Report of an investigation into the causes of malaria in Bombay and the measures necessary for its control
Disease focus: Malaria
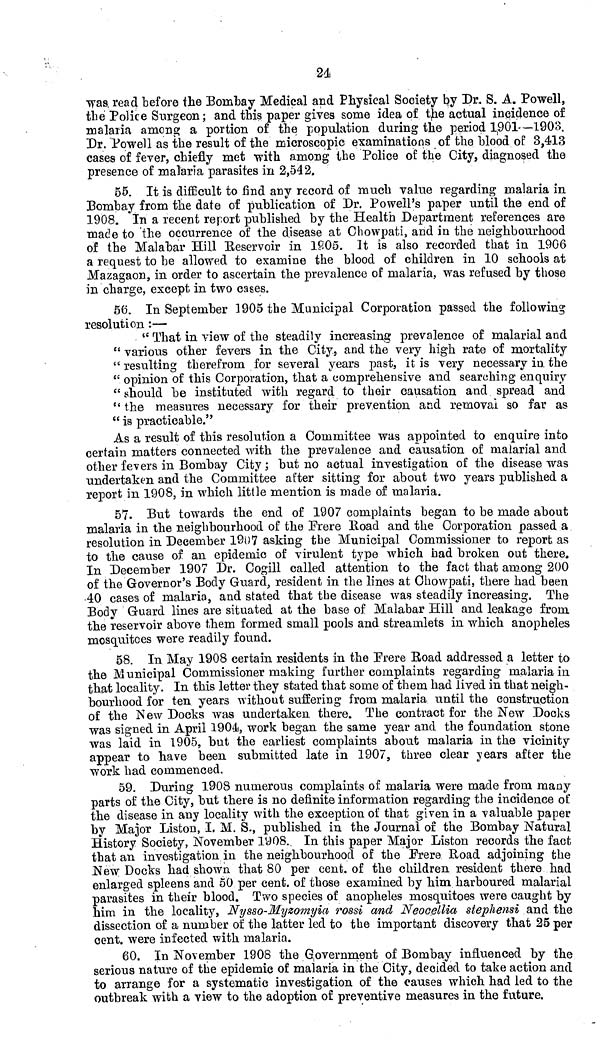
24
was read before the Bombay Medical and Physical Society by Dr. S. A. Powell,
the Police Surgeon; and this paper gives some idea of the actual incidence of
malaria among a portion of the population during the period 1901 —1903.
Dr. Powell as the result of the microscopic examinations of the blood of 3,413
cases of fever, chiefly met with among the Police of the City, diagnosed the
presence of malaria parasites in 2,542,
55. It is difficult to find any record of much value regarding malaria in
Bombay from the date of publication of Dr. Powell's paper until the end of
1908. In a recent report published by the Health Department references are
made to the occurrence of the disease at Chowpati, and in the neighbourhood
of the Malabar Hill Reservoir in 1905. It is also recorded that in 1906
a request to be allowed to examine the blood of children in 10 schools at
Mazagaon, in order to ascertain the prevalence of malaria, was refused by those
in charge, except in two cases.
56. In September 1905 the Municipal Corporation passed the following
resolution :—
" That in view of the steadily increasing prevalence of malarial and
" various other fevers in the City, and the very high rate of mortality
" resulting therefrom for several years past, it is very necessary in the
" opinion of this Corporation, that a comprehensive and searching enquiry
" should be instituted with regard to their causation and spread and
" the measures necessary for their prevention and removal so far as
" is practicable."
As a result of this resolution a Committee was appointed to enquire into
certain matters connected with the prevalence and causation of malarial and
other fevers in Bombay City ; but no actual investigation of the disease was
undertaken and the Committee after sitting for about two years published a
report in 1908, in which little mention is made of malaria.
57. But towards the end of 1907 complaints began to be made about
malaria in the neighbourhood of the Frere Road and the Corporation passed a
resolution in December 1907 asking the Municipal Commissioner to report as
to the cause of an epidemic of virulent type which had broken out there.
In December 1907 Dr. Cogill called attention to the fact that among 200
of the Governor's Body Guard, resident in the lines at Chowpati, there had been
40 cases of malaria, and stated that the disease was steadily increasing. The
Body Guard lines are situated at the base of Malabar Hill and leakage from
the reservoir above them formed small pools and streamlets in which anopheles
mosquitoes were readily found.
58. In May 1908 certain residents in the Frere Road addressed a letter to
the Municipal Commissioner making further complaints regarding malaria in
that locality. In this letter they stated that some of them had lived in that neigh-
bourhood for ten years without suffering from malaria until the construction
of the New Docks was undertaken there. The contract for the New Docks
was signed in April 1904, work began the same year and the foundation stone
was laid in 1905, but the earliest complaints about malaria in the vicinity
appear to have been submitted late in 1907, three clear years after the
work had commenced.
59. During 1908 numerous complaints of malaria were made from many
parts of the City, but there is no definite information regarding the incidence of
the disease in any locality with the exception of that given in a valuable paper
by Major Liston, I. M. S., published in the Journal of the Bombay Natural
History Society, November 1908. In this paper Major Liston records the fact
that an investigation in the neighbourhood of the Frere Road adjoining the
New Docks had shown that 80 per cent. of the children resident there had
enlarged spleens and 50 per cent. of those examined by him harboured malarial
parasites in their blood. Two species of anopheles mosquitoes were caught by
him in the locality, Nysso-Myzomyia rossi and Neocellia stephensi and the
dissection of a number of the latter led to the important discovery that 25
60. In November 1908 the Government of Bombay influenced by the
serious nature of the epidemic of malaria in the City, decided to take action and
to arrange for a systematic investigation of the causes which had led to the
outbreak with a view to the adoption of preventive measures in the future.